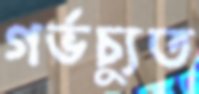
গর্ভচ্যুত